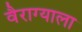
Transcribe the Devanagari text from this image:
वैराग्याला